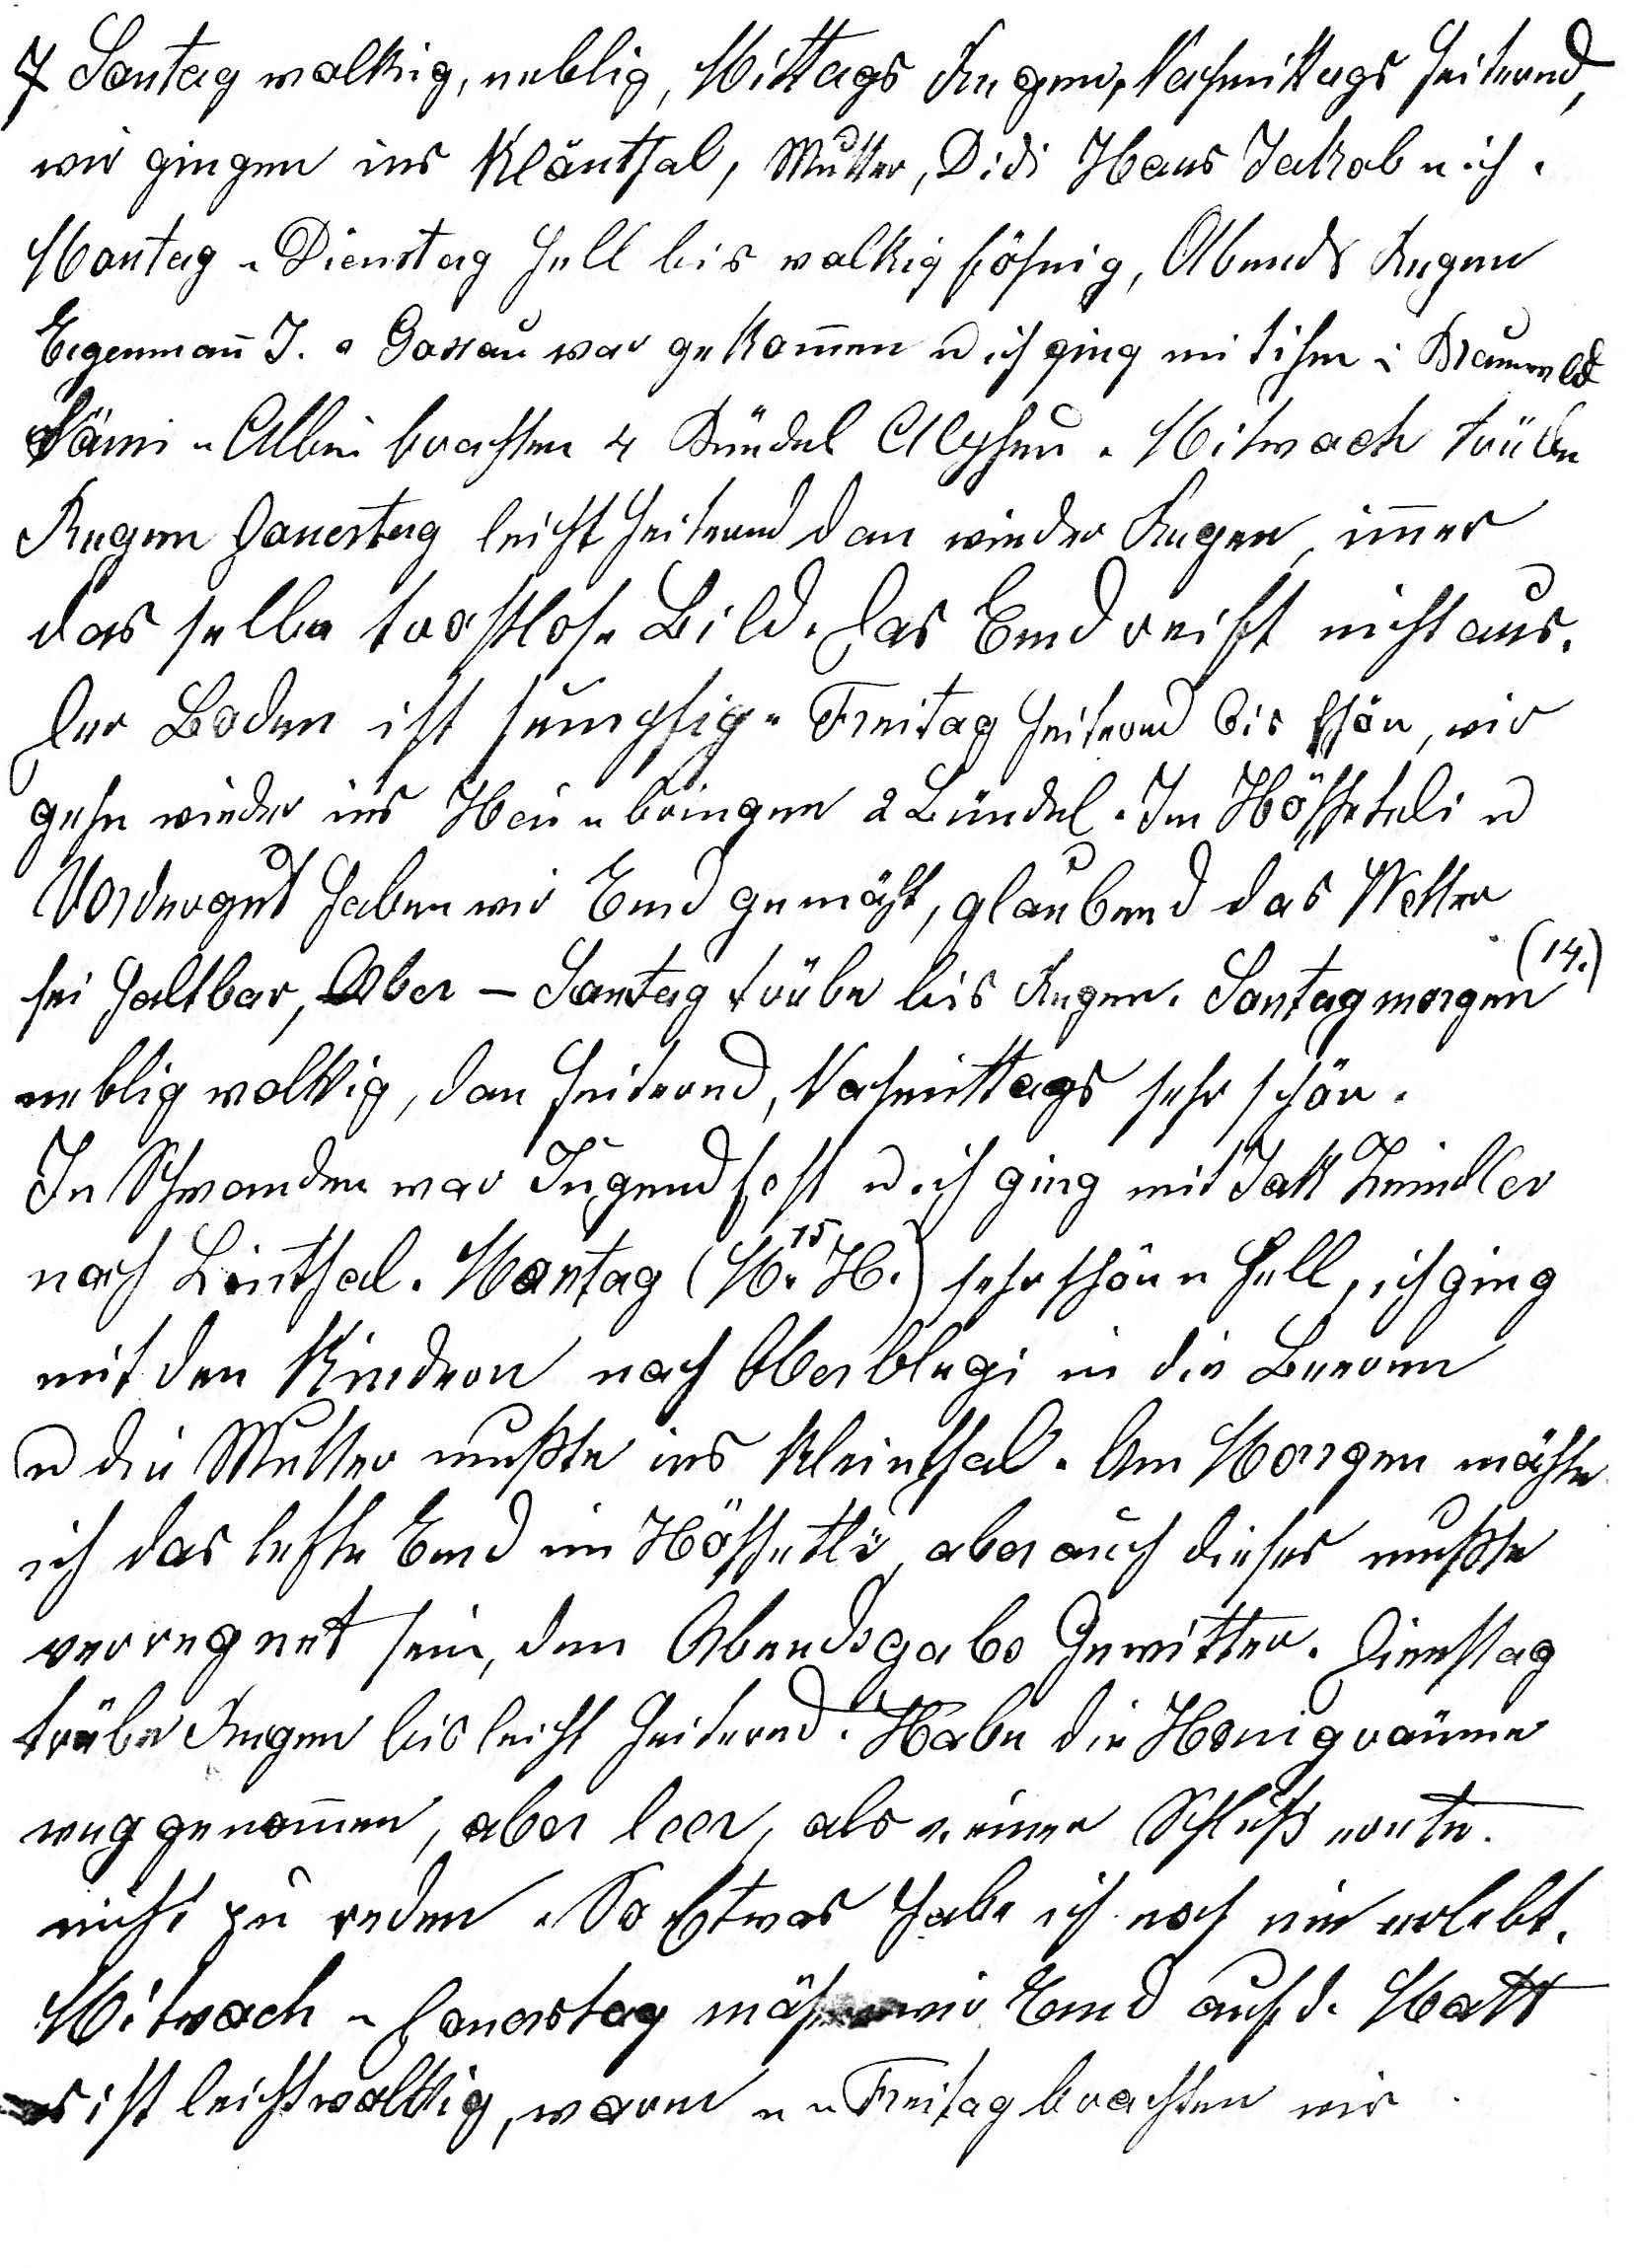
7. Sontag wolkig, neblig, Mittags Regen, Nachmittags heiternd,
wir gingen ins Klönthal, Mutter, Didi, Hans Jakob u ich.
Montag u Dienstag hell bis wolkig föhnig, Abends Regen
Eigenmann J. a Gossau war gekommen u ich ging mit ihm n. Braunwald
Sämi u Albin brachten 4. Bündel Alpheu. Mitwoch trübe
Regen Donerstag leicht heiternd dan wieder Regen, immer
das selbe trostlose Bild. Das Emd reift nicht aus.
Der Boden ist sumpfig. Freitag heiternd bis schön, wir
gehn wieder ins Heu u bringen 2 Bündel. Im Höschetli u
Vordergut haben wir Emd gemäht, glaubend das Wetter
sei haltbar, aber am Samstag trübe bis Regen. Sontagmorgen (14.)
neblig wolkig, dan heiternd, Nachmittags sehr schön.
In Schwanden war Jugendfest u ich ging mit Jak. Zeindler
nach Linthal. Montag (15. M.H.) sehr schön hell, ich ging
mit den Kindern nach Oberblegi in die Beeren
u die Mutter musste ins Kleinthal. Am Morgen mähte
ich das letzte Emd im Höschetli, aber auch dieses musste
verregnet sein, den Abends gabs Gewitter. Dienstag
trübe Regen bis leicht heiternd. Habe die Honigräume
weggenommen, aber leer, als v. einer Schlussernte
nicht zu reden.So etwas habe ich noch nie erlebt.
Mitwoch u Donerstag mähen wir Emd auf d. Matt
es ist leicht wolkig, warm u a. Freitag brachten wir